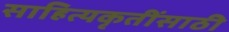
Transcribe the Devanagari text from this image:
साहित्यकृतींसाठी